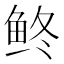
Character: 鿴